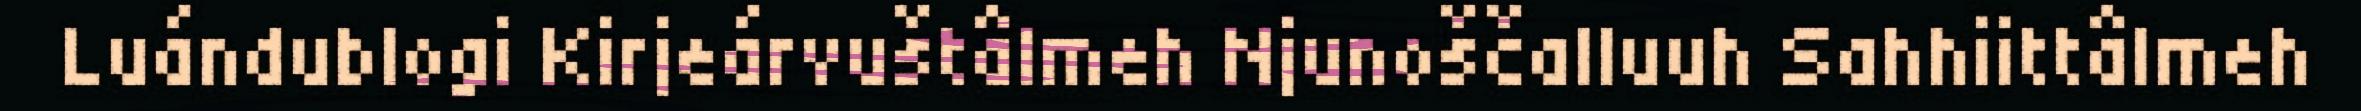
Luándublogi Kirjeárvuštâlmeh Njunoščalluuh Sahhiittâlmeh